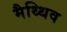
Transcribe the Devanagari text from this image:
मैथ्थिव